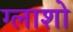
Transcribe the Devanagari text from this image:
ग्लाशो